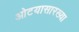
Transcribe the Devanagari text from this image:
ओटयासारख्या